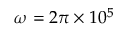
\omega = 2 \pi \times 1 0 ^ { 5 }